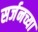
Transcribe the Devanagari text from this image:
सर्जनच्या